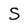
Character: S